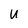
Character: U